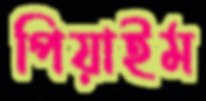
পিয়াইম